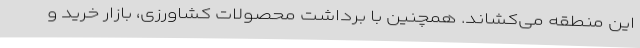
این منطقه می‌کشاند. همچنین با برداشت محصولات کشاورزی، بازار خرید و